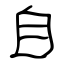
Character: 自